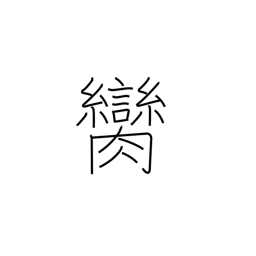
Meaning: witness